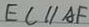
E C / / A F